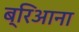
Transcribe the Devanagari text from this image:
ब्रिआना